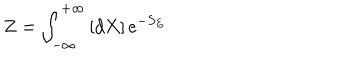
LaTeX: Z = \int _ { - \infty } ^ { + \infty } \left[ d X \right] e ^ { - S _ { E } }